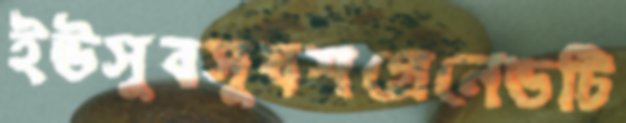
ইউসুবসুযশগ্রেনেডটি